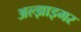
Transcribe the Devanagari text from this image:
अल्‍झाइमर